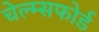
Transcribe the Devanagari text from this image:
चेल्म्सफोर्ड